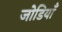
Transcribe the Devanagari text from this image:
जोडियाँ